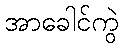
အာခေါင်ကွဲ